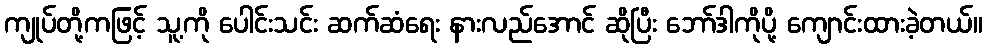
ကျုပ်တို့ကဖြင့် သူ့ကို ပေါင်းသင်း ဆက်ဆံရေး နားလည်အောင် ဆိုပြီး ဘော်ဒါကိုပို့ ကျောင်းထားခဲ့တယ်။